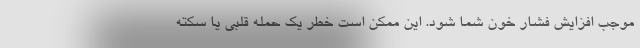
موجب افزایش فشار خون شما شود. این ممکن است خطر یک حمله قلبی یا سکته